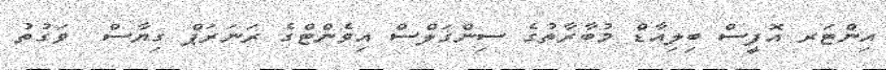
އިންޓަރ އޮފީސް ބިލިއާޑް މުބާރާތުގެ ސިންގަލްސް އިވެންޓްގެ ރަނަރަޕް ގިޔާސް  ވަގުތު